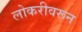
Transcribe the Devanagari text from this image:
लोकरीवरून